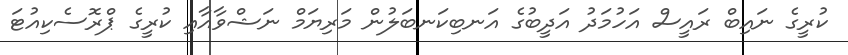
ކުރީގެ ނައިބް ރައީސް އަހުމަދު އަދީބުގެ އަނބިކަނބަލުން މަރިޔަމް ނަޝްވާއާއި ކުރީގެ ޕްރޮސެކިއުޓަ